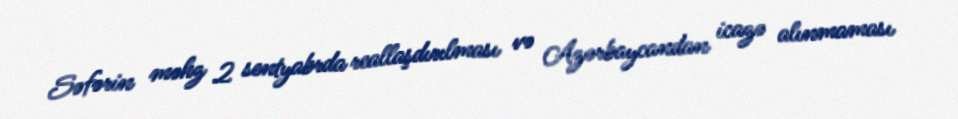
Səfərin məhz 2 sentyabrda reallaşdırılması və Azərbaycandan icazə alınmaması